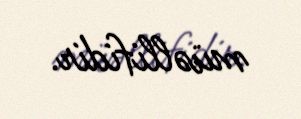
müəllifidir.